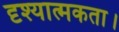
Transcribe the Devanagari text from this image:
दृश्यात्मकता।